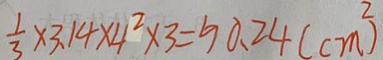
\frac { 1 } { 3 } \times 3 . 1 4 \times 4 ^ { 2 } \times 3 = 5 0 . 2 4 ( c m ^ { 2 } )